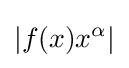
|f(x)x^{\alpha }|